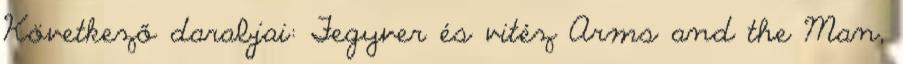
Következő darabjai: Fegyver és vitéz Arms and the Man,